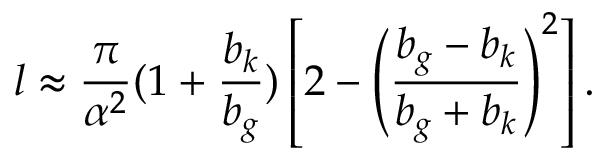
l \approx \frac { \pi } { \alpha ^ { 2 } } ( 1 + \frac { b _ { k } } { b _ { g } } ) \left[ 2 - \left( \frac { b _ { g } - b _ { k } } { b _ { g } + b _ { k } } \right) ^ { 2 } \right] .